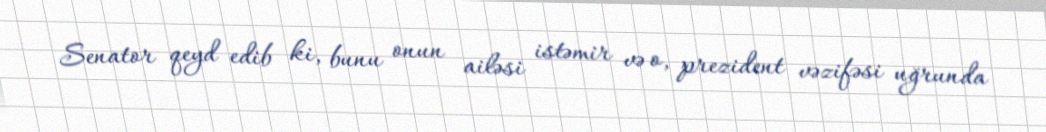
Senator qeyd edib ki, bunu onun ailəsi istəmir və o, prezident vəzifəsi uğrunda